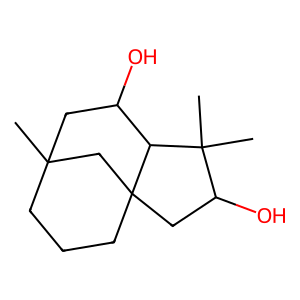
SMILES: CC12CCCC3(CC(O)C(C)(C)C3C(O)C1)C2
Inhibits HIV replication: No